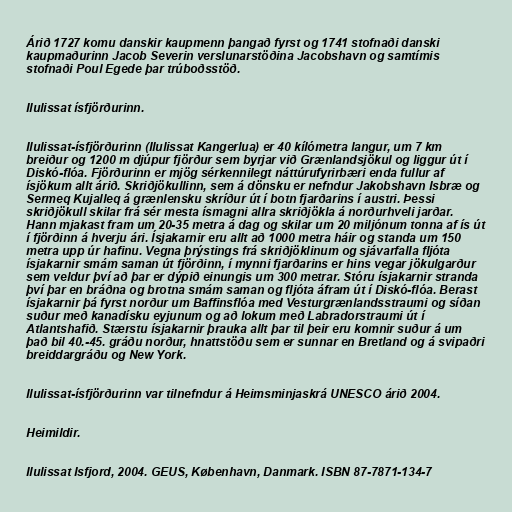
Árið 1727 komu danskir kaupmenn þangað fyrst og 1741 stofnaði danski
kaupmaðurinn Jacob Severin verslunarstöðina Jacobshavn og samtímis
stofnaði Poul Egede þar trúboðsstöð.

Ilulissat ísfjörðurinn.

Ilulissat-ísfjörðurinn (Ilulissat Kangerlua) er 40 kílómetra langur, um 7 km
breiður og 1200 m djúpur fjörður sem byrjar við Grænlandsjökul og liggur út í
Diskó-flóa. Fjörðurinn er mjög sérkennilegt náttúrufyrirbæri enda fullur af
ísjökum allt árið. Skriðjökullinn, sem á dönsku er nefndur Jakobshavn Isbræ og
Sermeq Kujalleq á grænlensku skríður út í botn fjarðarins í austri. Þessi
skriðjökull skilar frá sér mesta ísmagni allra skriðjökla á norðurhveli jarðar.
Hann mjakast fram um 20-35 metra á dag og skilar um 20 miljónum tonna af ís út
í fjörðinn á hverju ári. Ísjakarnir eru allt að 1000 metra háir og standa um 150
metra upp úr hafinu. Vegna þrýstings frá skriðjöklinum og sjávarfalla fljóta
ísjakarnir smám saman út fjörðinn, í mynni fjarðarins er hins vegar jökulgarður
sem veldur því að þar er dýpið einungis um 300 metrar. Stóru ísjakarnir stranda
því þar en bráðna og brotna smám saman og fljóta áfram út í Diskó-flóa. Berast
ísjakarnir þá fyrst norður um Baffinsflóa med Vesturgrænlandsstraumi og síðan
suður með kanadísku eyjunum og að lokum með Labradorstraumi út í
Atlantshafið. Stærstu ísjakarnir þrauka allt þar til þeir eru komnir suður á um
það bil 40.-45. gráðu norður, hnattstöðu sem er sunnar en Bretland og á svipaðri
breiddargráðu og New York.

Ilulissat-ísfjörðurinn var tilnefndur á Heimsminjaskrá UNESCO árið 2004.

Heimildir.

Ilulissat Isfjord, 2004. GEUS, København, Danmark. ISBN 87-7871-134-7